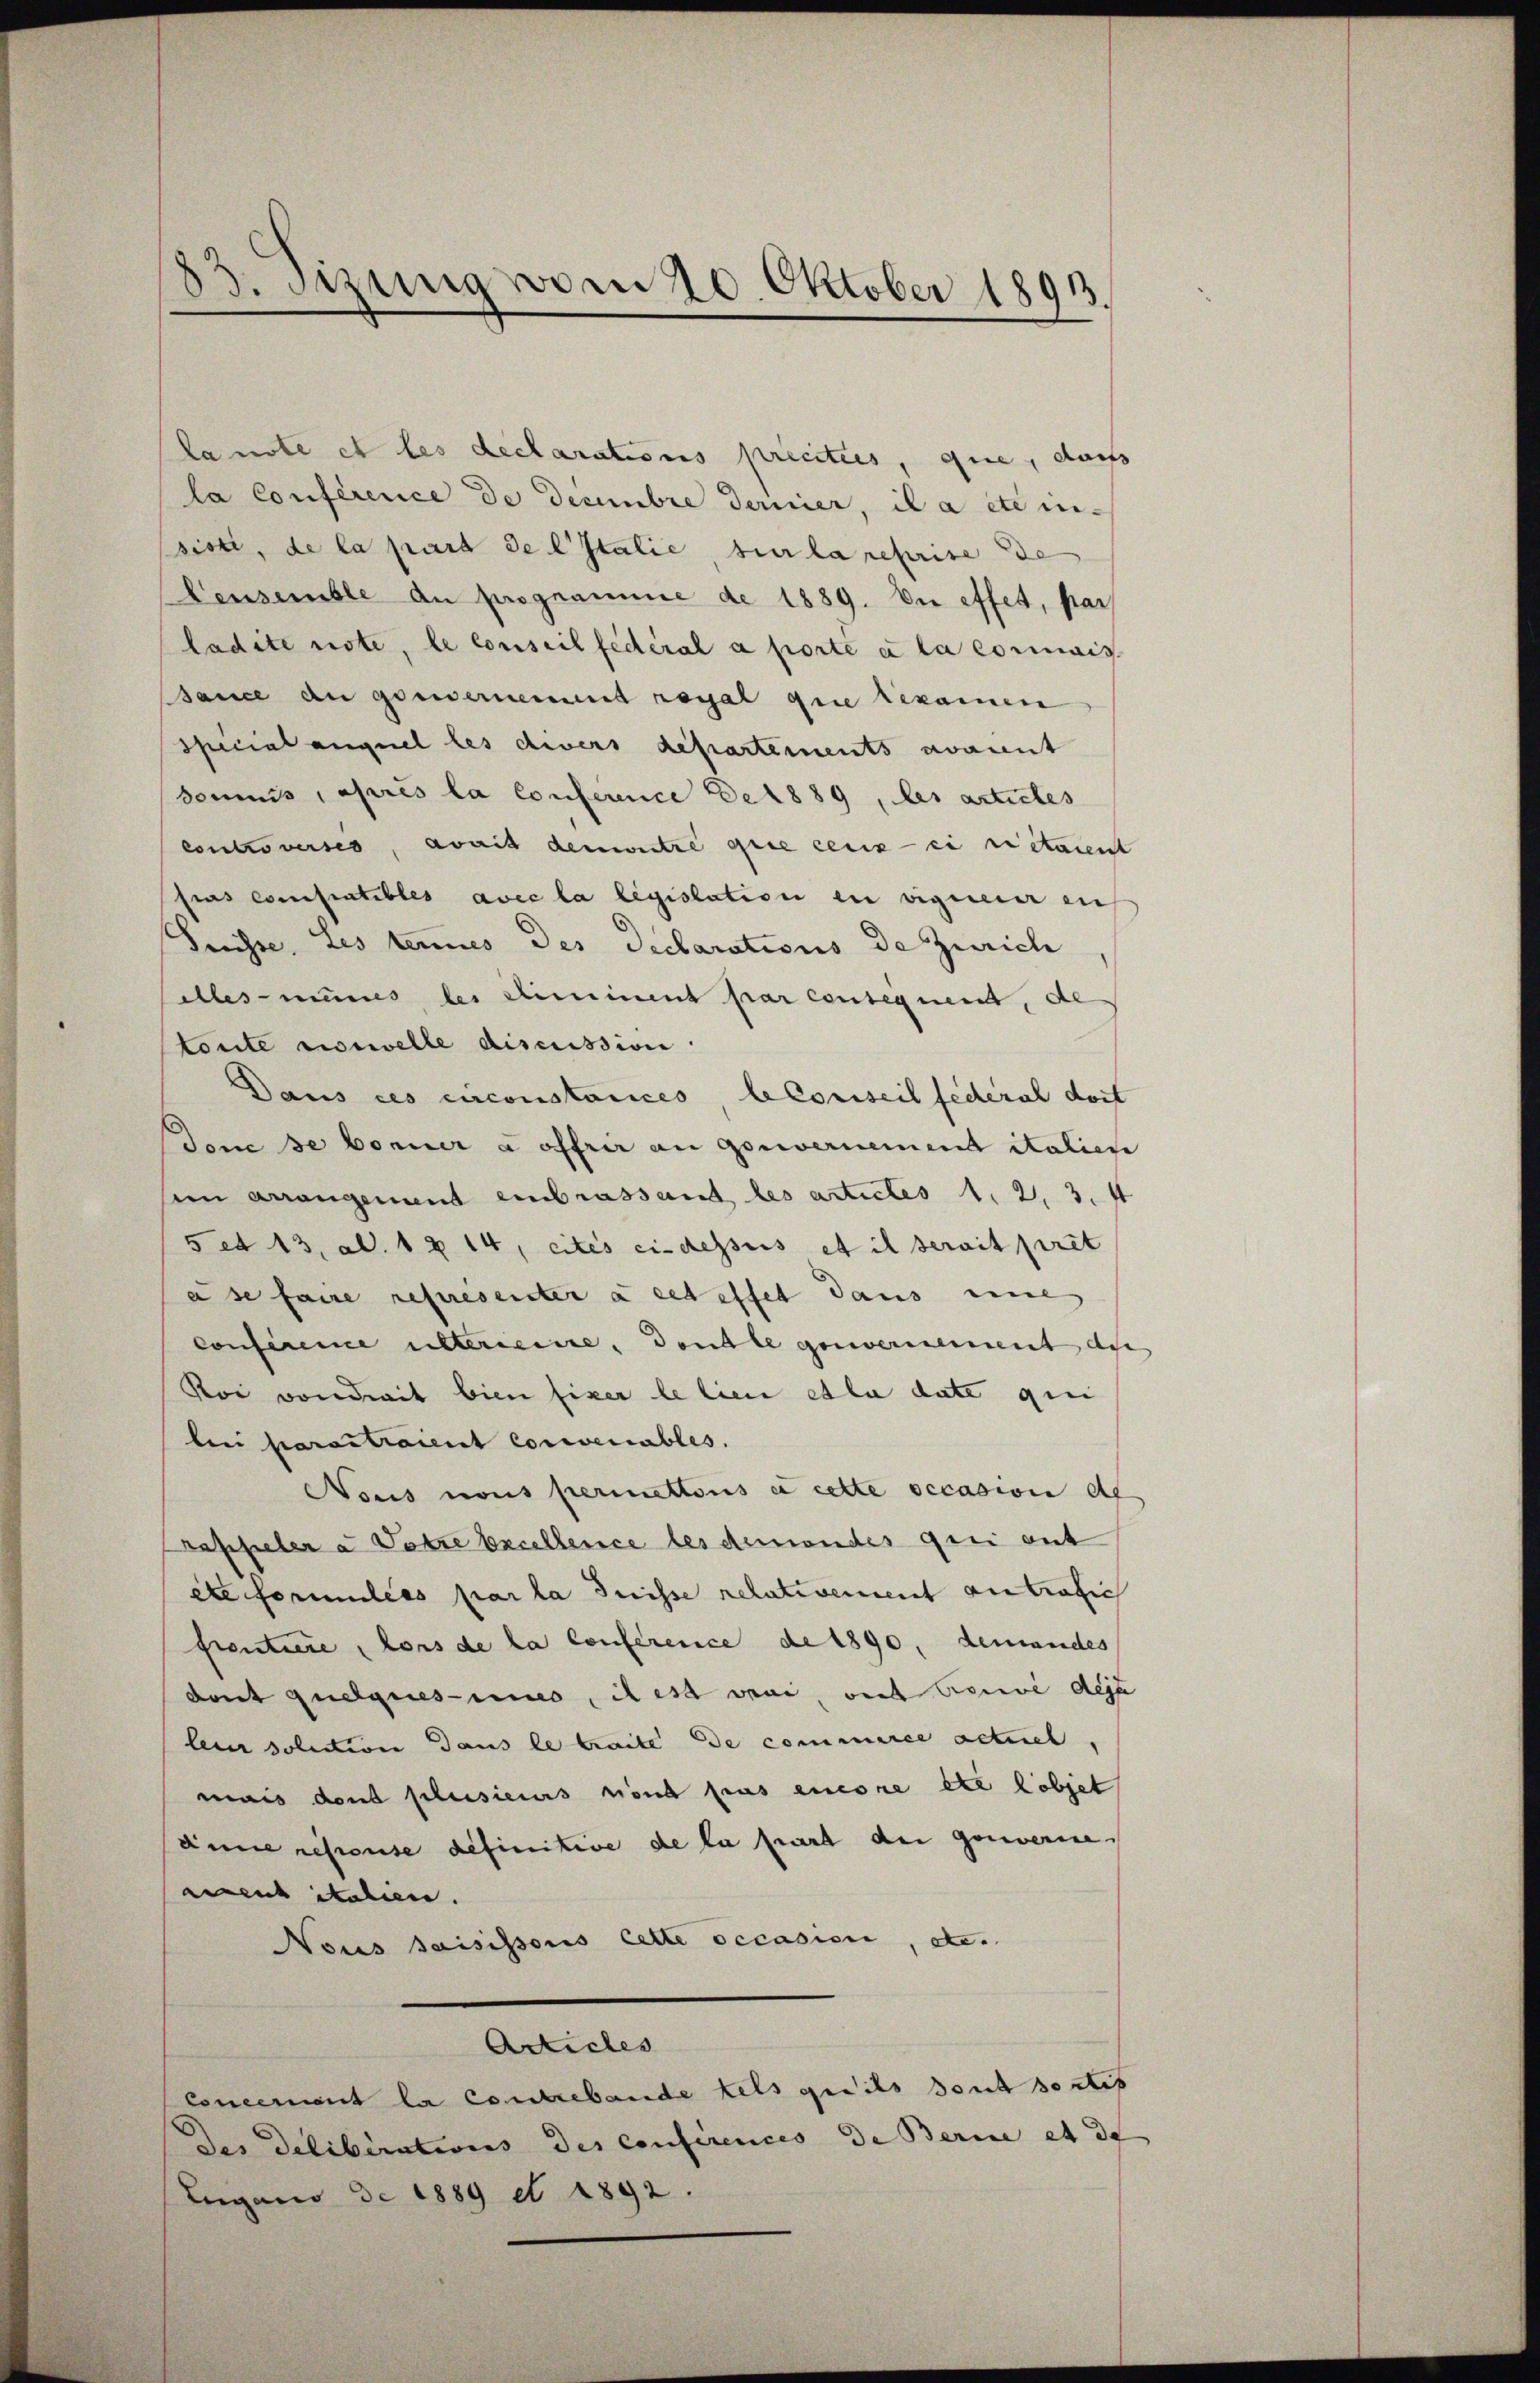
83. Sizung vom 20. Oktober 1893.

lanste et les declarations prieitées, que, dass
la Conférence de Decembre Ferier, il a etc in-
sist, de la part de l’Italie sur la reprise de
Censemble an programme de 1889. Die effet, par
ladite note, le conseil fédéral a porte a la connais
Bance an gouvernement regal grie bekamen
specialanguel les civers departements avannt
Sonis, après la Conference de 1889, les articles
controverses, avait dementre que ceux en rietarent
fras compratibles avec la legislation in eignerer in
Suisse, Les tenues des Declarations de Zürich
Alles mines des Ehereiment par consequent, de
torite vorwelle discussion.
Daus des circonstances le conseil feceral doit
Jone de bonner a offrir an Gouvernemend italien
sein arrangenend einbrassant les articles 1. 2. 3. 4
5 et 13. ad. 1214, cités ci-dessus et il serait piret
a se faire represeiter à cet effet dans eine
Conference eltereine, double genvernement der
Koi von dreit bien fixer le lien et la date qui
bei Caractraient convenables.
Nous nous permettons et cette occasion de
rascheler a Vorze Excellence les demandes qui aut
ete Formuliés par la Suisse relativement antratic
frentiere, lors de la Conference de 1890, demandes
dant quelques-unes, il est veni, viel Gouve deju
leur solution dans le traite de commirie actuel,
mais dans plusieurs nond pas encore etc lobjet
anne resense definitive de la part der gouverne
reut italien.
Nous saisissous cette occasion, etc.
Articles
Concement la contrebende fels geeils dont dortis
Der Deliberations des conférences de Berice et de
Eugano de 1889 et 1892.